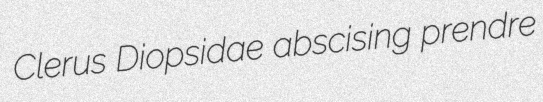
Clerus Diopsidae abscising prendre